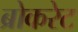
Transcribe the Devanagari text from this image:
ब्रोकरेट